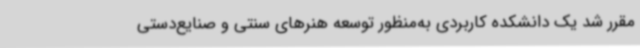
مقرر شد یک دانشکده کاربردی به‌منظور توسعه هنرهای سنتی و صنایع‌دستی